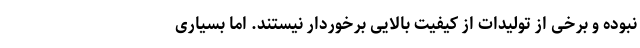
نبوده و برخی از تولیدات از کیفیت بالایی برخوردار نیستند. اما بسیاری